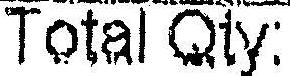
TOTAL QTY: